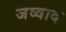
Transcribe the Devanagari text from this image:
जव्वाद